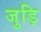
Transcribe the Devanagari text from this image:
जुड़ि